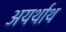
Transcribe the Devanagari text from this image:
अयर्थाथ